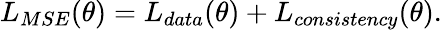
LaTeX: L_{MSE}(\theta)=L_{data}(\theta)+L_{consistency}(\theta).